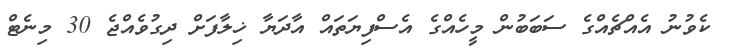
ކެވުނު އެއްޗެއްގެ ސަބަބުން މީހެއްގެ އެސްފިޔަތައް އާދަޔާ ޚިލާފަށް ދިގުވެއްޖެ 30 މިނެޓް